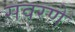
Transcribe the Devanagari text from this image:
सवरणे